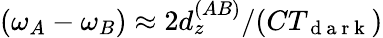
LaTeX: (\omega_{A}-\omega_{B})\approx 2d_{z}^{(AB)}/(CT_{\mathrm{~d~a~r~k~}})